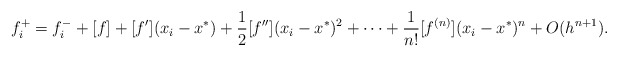
\begin{align*}\begin{aligned}f^+_i&=f^-_i+[f]+[f'](x_i-x^*)+\frac{1}{2}[f''](x_i-x^*)^2+\cdots+\frac{1}{n!}[f^{(n)}](x_i-x^*)^n+O(h^{n+1}).\\\end{aligned}\end{align*}